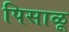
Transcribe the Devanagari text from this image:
पिसाळू